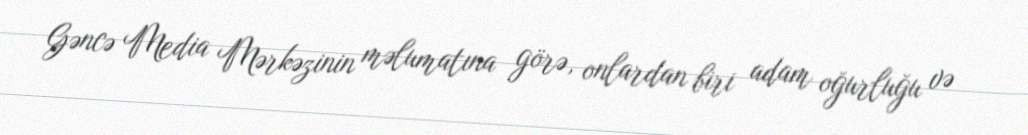
Gəncə Media Mərkəzinin məlumatına görə, onlardan biri adam oğurluğu və